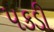
પકડી